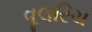
વૂલરિચ